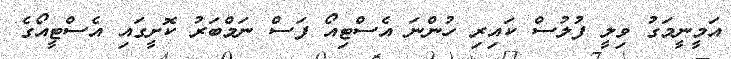
އަމީނީމަގު ވިލީ ފުލުސް ކައިރި ހުންނަ އެސްޓިއޯ ފަސް ނަމްބަރު ކޮށީގައި އެސްޓީއޯގެ